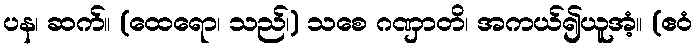
ပန၊ ဆက်။ (ထေရော၊ သည်၊) သစေ ဂဏှာတိ၊ အကယ်၍ယူအံ့။ (ဧဝံ